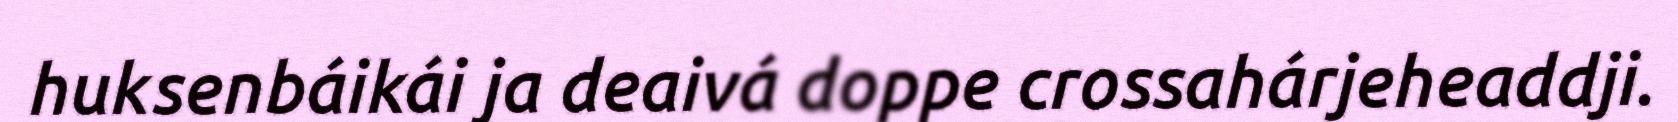
huksenbáikái ja deaivá doppe crossahárjeheaddji.